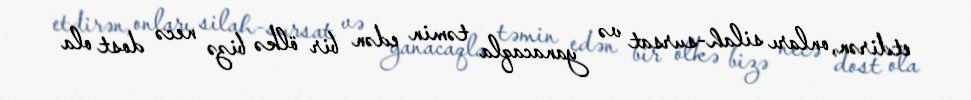
etdirən, onları silah-sursat və yanacaqla təmin edən bir ölkə bizə necə dost ola